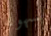
بسهوله